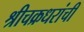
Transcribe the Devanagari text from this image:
श्रीचक्रधरांची